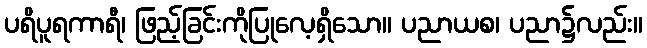
ပရိပူရကာရီ၊ ဖြည့်ခြင်းကိုပြုလေ့ရှိသော။ ပညာယစ၊ ပညာ၌လည်း။